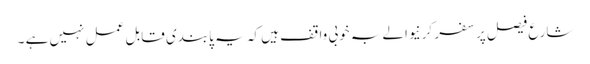
شارع فیصل پر سفر کرنیوالے بہ خوبی واقف ہیں کہ یہ پابندی قابل عمل نہیں ہے ۔